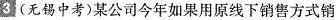
3 (无锡中考)某公司今年如果用原线下销售方式销